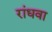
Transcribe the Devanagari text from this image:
रांधवा